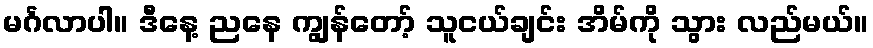
မင်္ဂလာပါ။ ဒီနေ့ ညနေ ကျွန်တော့် သူငယ်ချင်း အိမ်ကို သွား လည်မယ်။